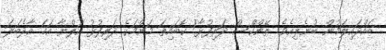
ބައްދައިލަމުން ބުނެލިއެވެ. ތޭންކްސް ދަރިފުޅާ! ކޮބައިތަ މަންމަގެ ދަރިފުޅު އަލްޔާ އަހަ އާދެބަލަ